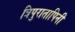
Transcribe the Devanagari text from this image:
त्रिपुरातापिनी